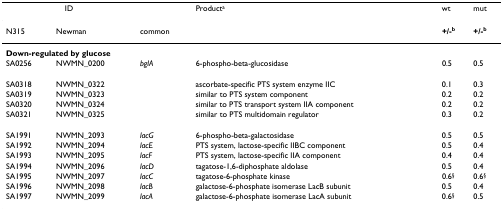
| <COLSPAN=2> ID |  | Producta | wt | mut |
 | N315 | Newman | common |  | +/-b | +/-b |
 | --- | --- | --- | --- | --- | --- |
 | <COLSPAN=6> Down-regulated by glucose |
 | SA0256 | NWMN_0200 | bglA | 6-phospho-beta-glucosidase | 0.5 | 0.5 |
 | SA0318 | NWMN_0322 |  | ascorbate-specific PTS system enzyme IIC | 0.1 | 0.3 |
 | SA0319 | NWMN_0323 |  | similar to PTS system component | 0.2 | 0.2 |
 | SA0320 | NWMN_0324 |  | similar to PTS transport system IIA component | 0.2 | 0.2 |
 | SA0321 | NWMN_0325 |  | similar to PTS multidomain regulator | 0.3 | 0.2 |
 | SA1991 | NWMN_2093 | lacG | 6-phospho-beta-galactosidase | 0.5 | 0.5 |
 | SA1992 | NWMN_2094 | lacE | PTS system, lactose-specific IIBC component | 0.5 | 0.4 |
 | SA1993 | NWMN_2095 | lacF | PTS system, lactose-specific IIA component | 0.4 | 0.4 |
 | SA1994 | NWMN_2096 | lacD | tagatose-1,6-diphosphate aldolase | 0.5 | 0.4 |
 | SA1995 | NWMN_2097 | lacC | tagatose-6-phosphate kinase | 0.6§ | 0.6§ |
 | SA1996 | NWMN_2098 | lacB | galactose-6-phosphate isomerase LacB subunit | 0.5 | 0.4 |
 | SA1997 | NWMN_2099 | lacA | galactose-6-phosphate isomerase LacA subunit | 0.6§ | 0.5 |